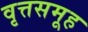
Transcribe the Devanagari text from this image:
वृत्तसमूह